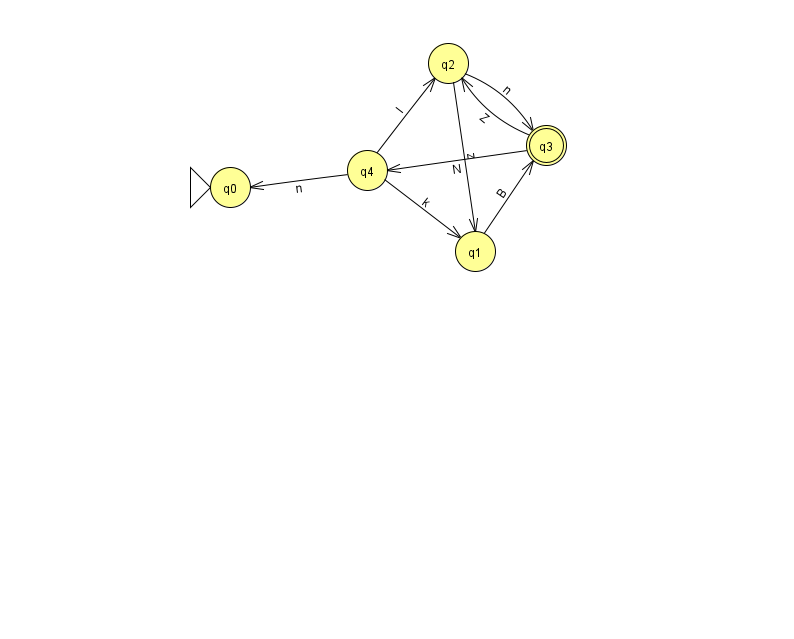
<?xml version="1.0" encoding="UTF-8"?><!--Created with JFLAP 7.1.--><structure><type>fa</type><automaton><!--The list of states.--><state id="0" name="q0"><x>230.0</x><y>174.0</y><initial/></state><state id="1" name="q1"><x>475.0</x><y>238.0</y></state><state id="2" name="q2"><x>448.0</x><y>50.0</y></state><state id="3" name="q3"><x>546.0</x><y>132.0</y><final/></state><state id="4" name="q4"><x>367.0</x><y>157.0</y></state><!--The list of transitions.--><transition><from>3</from><to>2</to><read>Z</read></transition><transition><from>2</from><to>1</to><read>z</read></transition><transition><from>2</from><to>3</to><read>n</read></transition><transition><from>1</from><to>3</to><read>B</read></transition><transition><from>4</from><to>2</to><read>I</read></transition><transition><from>4</from><to>0</to><read>n</read></transition><transition><from>3</from><to>4</to><read>N</read></transition><transition><from>4</from><to>1</to><read>k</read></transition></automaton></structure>